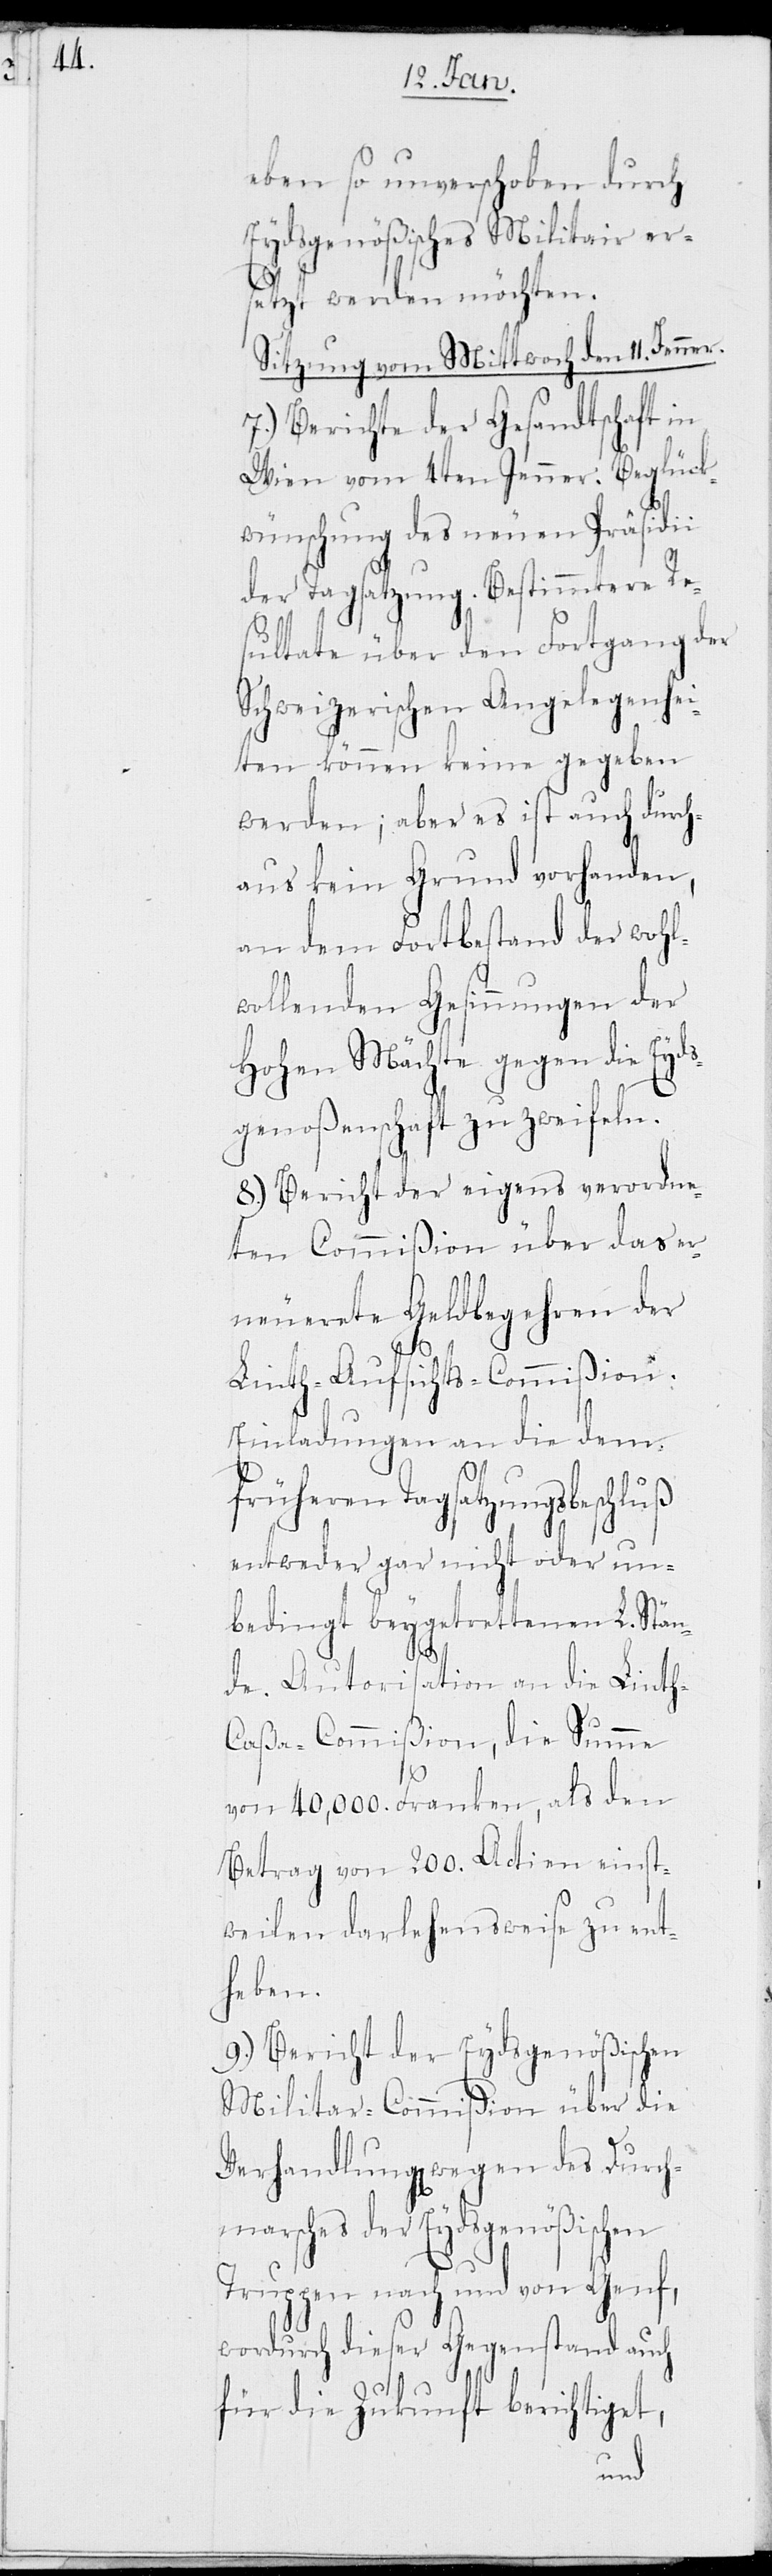
eben so unverschoben durch
Eydsgenößisches Militair er¬
setzt werden möchten.
Sitzung vom Mittwoch den 11. Jenner.
7.) Berichte der Gesandtschaft in
Wien vom 4ten Jenner. Beglück¬
wünschung des neuen Präsidii
der Tagsatzung. Bestimmtere Re¬
sultate über den Fortgang der
Schweizerischen Angelegenhei¬
ten können keine gegeben
werden; aber es ist auch durch¬
aus kein Grund vorhanden,
an dem Fortbestand der wohl¬
wollenden Gesinnungen der
Hohen Mächte gegen die Eyds¬
genoßenschaft zu zweifeln.
8.) Bericht der eigens verordne¬
ten Commißion über das er¬
neuerete Geldbegehren der
Linth-Aufsichts-Commißion:
Einladungen an die dem
früheren Tagsatzungsbeschluß
entweder gar nicht oder un¬
bedingt beygetrettenen L. Stän¬
de. Autorisation an die Linth-C¬
aßa-Commißion, die Summe
von 40,000. Franken, als den
Betrag von 200. Actien einst¬
weilen darlehensweise zu ent¬
heben.
9.) Bericht der Eydsgenößischen
Militar-Commißion über die
Verhandlung[en] wegen des Durch¬
marsches der Eydsgenößischen
Truppen nach und von Genf,
wordurch dieser Gegenstand auch
für die Zukunft berichtiget,